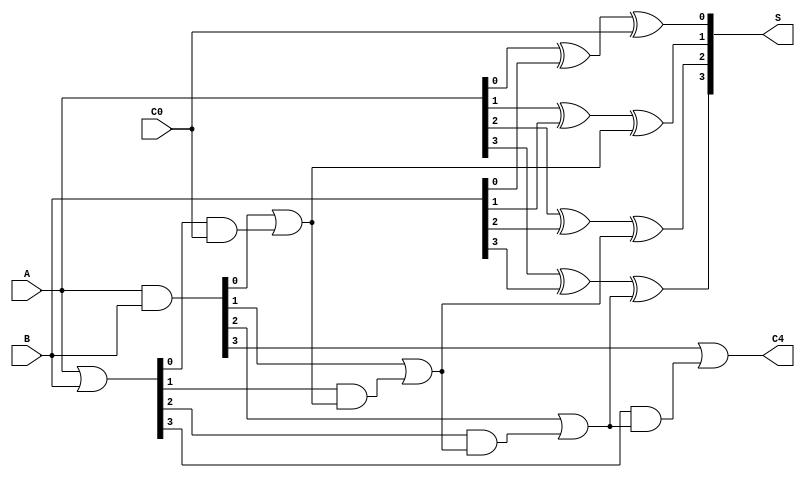
module CarryLookaheadAdder (
    input [3:0] A,      // 4-bit input A
    input [3:0] B,      // 4-bit input B
    input C0,           // Carry-in
    output [3:0] S,     // 4-bit sum output
    output C4           // Carry-out
);

    // Generate and Propagate signals
    wire [3:0] G; // Generate signals
    wire [3:0] P; // Propagate signals
    wire C1, C2, C3; // Intermediate carry signals

    // Generate and Propagate calculations
    assign G = A & B;          // G[i] = A[i] AND B[i]
    assign P = A | B;          // P[i] = A[i] OR B[i]

    // Carry calculations
    assign C1 = G[0] | (P[0] & C0); // C1 = G[0] + (P[0] AND C0)
    assign C2 = G[1] | (P[1] & C1); // C2 = G[1] + (P[1] AND C1)
    assign C3 = G[2] | (P[2] & C2); // C3 = G[2] + (P[2] AND C2)
    assign C4 = G[3] | (P[3] & C3); // C4 = G[3] + (P[3] AND C3)

    // Sum calculations
    assign S[0] = A[0] ^ B[0] ^ C0; // S0 = A[0] XOR B[0] XOR C0
    assign S[1] = A[1] ^ B[1] ^ C1; // S1 = A[1] XOR B[1] XOR C1
    assign S[2] = A[2] ^ B[2] ^ C2; // S2 = A[2] XOR B[2] XOR C2
    assign S[3] = A[3] ^ B[3] ^ C3; // S3 = A[3] XOR B[3] XOR C3

endmodule